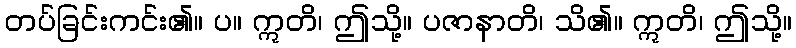
တပ်ခြင်းကင်း၏။ ပ။ ဣတိ၊ ဤသို့။ ပဇာနာတိ၊ သိ၏။ ဣတိ၊ ဤသို့။